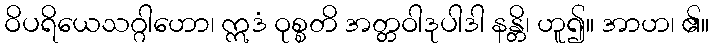
ဝိပရိယေသဂ္ဂါဟော၊ ဣဒံ ဝုစ္စတိ အတ္တဝါဒုပါဒါ နန္တိ၊ ဟူ၍။ အာဟ၊ ၏။